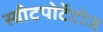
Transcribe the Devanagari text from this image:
स्वीटपोटॅटोज